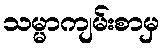
သမ္မာကျမ်းစာမှ